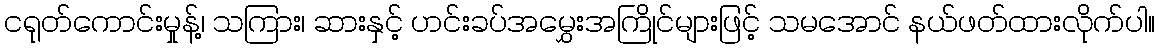
ငရုတ်ကောင်းမှုန့်၊ သကြား၊ ဆားနှင့် ဟင်းခပ်အမွှေးအကြိုင်များဖြင့် သမအောင် နယ်ဖတ်ထားလိုက်ပါ။